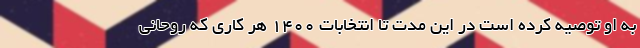
به او توصیه کرده است در این مدت تا انتخابات 1400 هر کاری که روحانی